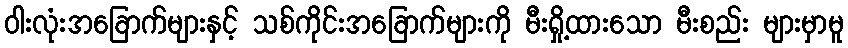
ဝါးလုံးအခြောက်များနှင့် သစ်ကိုင်းအခြောက်များကို မီးရှို့ထားသော မီးစည်း များမှာမူ